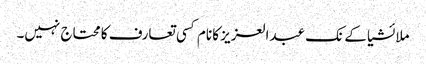
ملائشیا کے نک عبدالعزیز کا نام کسی تعارف کا محتاج نہیں۔